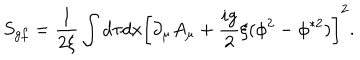
LaTeX: S _ { g f } = \frac { 1 } { 2 \xi } \int d \tau d x \left[ \partial _ { \mu } A _ { \mu } + \frac { i g } { 2 } \xi ( \phi ^ { 2 } - \phi ^ { \ast 2 } ) \right] ^ { 2 } .